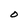
Character: O